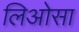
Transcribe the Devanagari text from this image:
लिओसा